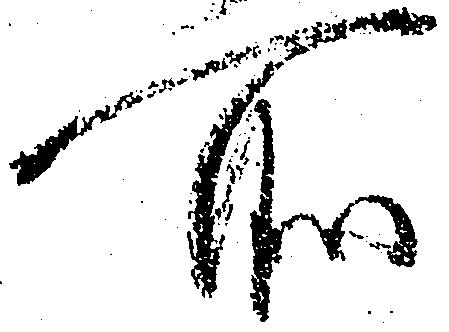
所